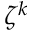
\zeta ^ { k }